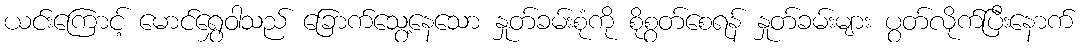
ယင်းကြောင့် မောင်ရွှေဝါသည် ခြောက်သွေ့နေသော နှုတ်ခမ်းစုံကို စိုစွတ်စေရန် နှုတ်ခမ်းများ ပွတ်လိုက်ပြီးနောက်